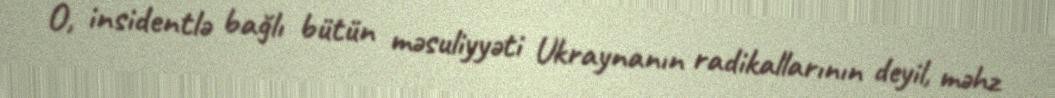
O, insidentlə bağlı bütün məsuliyyəti Ukraynanın radikallarının deyil, məhz